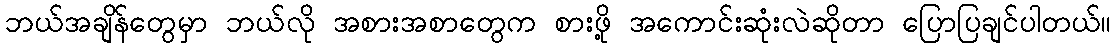
ဘယ်အချိန်တွေမှာ ဘယ်လို အစားအစာတွေက စားဖို့ အကောင်းဆုံးလဲဆိုတာ ပြောပြချင်ပါတယ်။